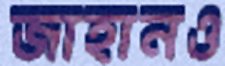
জাহানও